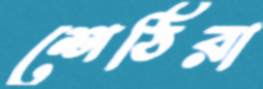
শেঠিরা